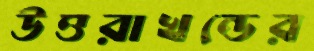
উত্তরাখন্ডের